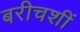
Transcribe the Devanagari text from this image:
बरीचशीं